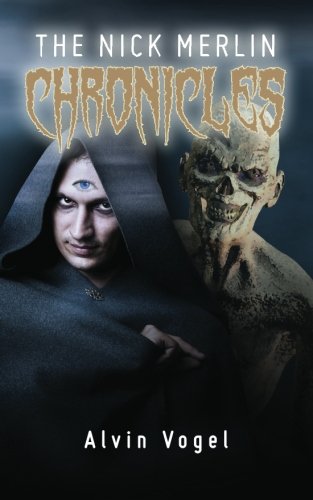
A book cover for The Nick Merlin Chronicles: Crime fighting by magic in an alternate universe; Alvin Vogel; Science Fiction & Fantasy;